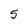
Character: 5